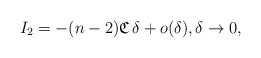
\begin{align*}I_2&=-(n-2)\mathfrak{C}\,\delta+o(\delta),\delta\to 0,\end{align*}